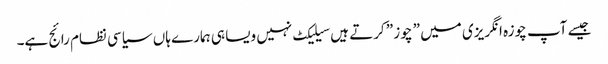
جیسے آپ چوزہ انگریزی میں ” چوز ” کرتے ہیں سیلیکٹ نہیں ویسا ہی ہمارے ہاں سیاسی نظام رائج ہے۔